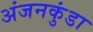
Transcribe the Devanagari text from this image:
अंजनकुंडा